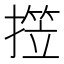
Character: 𱠭